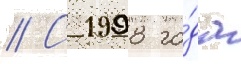
// С 1998 го́да